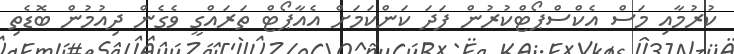
ކުރުމާއި މަސް އެކްސްޕޯޓްކުރުން ފަދަ ކަންކަމަށް އެއާޕޯޓް ތަރައްގީ ވެގެން ދިއުމުން ބޮޑެތި